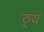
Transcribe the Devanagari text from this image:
ठ्य